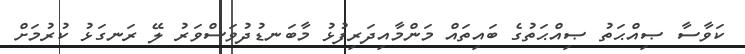
ކަވާސާ ޞިއްޙަތު ޞިއްޙަތުގެ ބައިތައް މަންމާއިދަރިފުޅު މާބަނޑުދުވަސްވަރު ލޭ ރަނގަޅު ކުރުމަށް